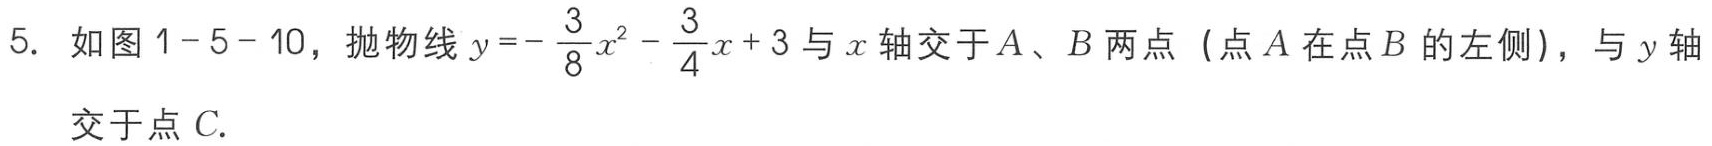
5. 如图1-5-10，抛物线\(y = - \frac{3}{8}x^{2} - \frac{3}{4}x + 3\)与\(x\)轴交于\(A\)、\(B\)两点（点\(A\)在点\(B\)的左侧），与\(y\)轴交于点\(C\).